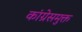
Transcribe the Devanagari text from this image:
कांग्रेसमुक्त